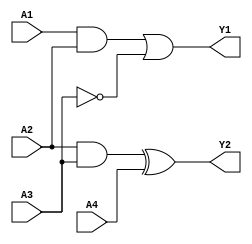
module combinational_logic_block (
    input wire A1,  // Input A1
    input wire A2,  // Input A2
    input wire A3,  // Input A3
    input wire A4,  // Input A4
    output wire Y1, // Output from Group 1
    output wire Y2  // Output from Group 2
);

// Group 1: Logic function using A1, A2, A3
// Example function: Y1 = (A1 AND A2) OR (NOT A3)
wire group1_and;
wire group1_not;

assign group1_and = A1 & A2;      // AND operation
assign group1_not = ~A3;          // NOT operation
assign Y1 = group1_and | group1_not; // OR operation

// Group 2: Logic function using A2, A3, A4
// Example function: Y2 = (A2 AND A3) XOR (A4)
wire group2_and;
wire group2_xor;

assign group2_and = A2 & A3;      // AND operation
assign group2_xor = group2_and ^ A4; // XOR operation
assign Y2 = group2_xor;           // Output from Group 2

endmodule